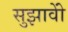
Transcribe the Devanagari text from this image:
सुझावोें